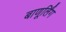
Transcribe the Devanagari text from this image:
बाणूर्लिंग